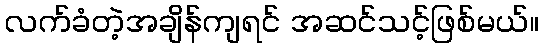
လက်ခံတဲ့အချိန်ကျရင် အဆင်သင့်ဖြစ်မယ်။